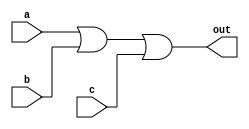
// Exercise 3-1-4-1: 3-Variable
module KMap3Var (
    input a,
    input b,
    input c,
    output out
);
    /*
    bc\a 0 1
    --------
    00   0 1
    01   1 1
    11   1 1
    10   1 1
    */

    assign out = a | b | c;
endmodule